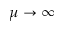
\mu \to \infty